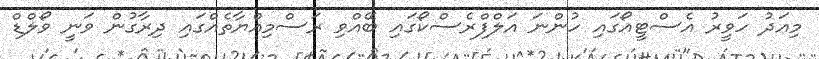
މިއަދު ހަވީރު އެސްޓީއޯގައި ހުންނަ އަލްފްރެސްކޯގައި ބޭއްވި ރަސްމިއްޔާތެއްގައި ދިރާގުން ވަނީ ވޯލްޑް